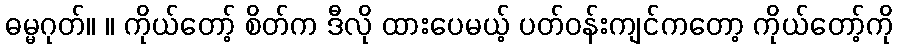
ဓမ္မဂုတ်။ ။ ကိုယ်တော့် စိတ်က ဒီလို ထားပေမယ့် ပတ်ဝန်းကျင်ကတော့ ကိုယ်တော့်ကို